Vaccination report Assam 1896-1927 - 1896-1927
Year: 1896
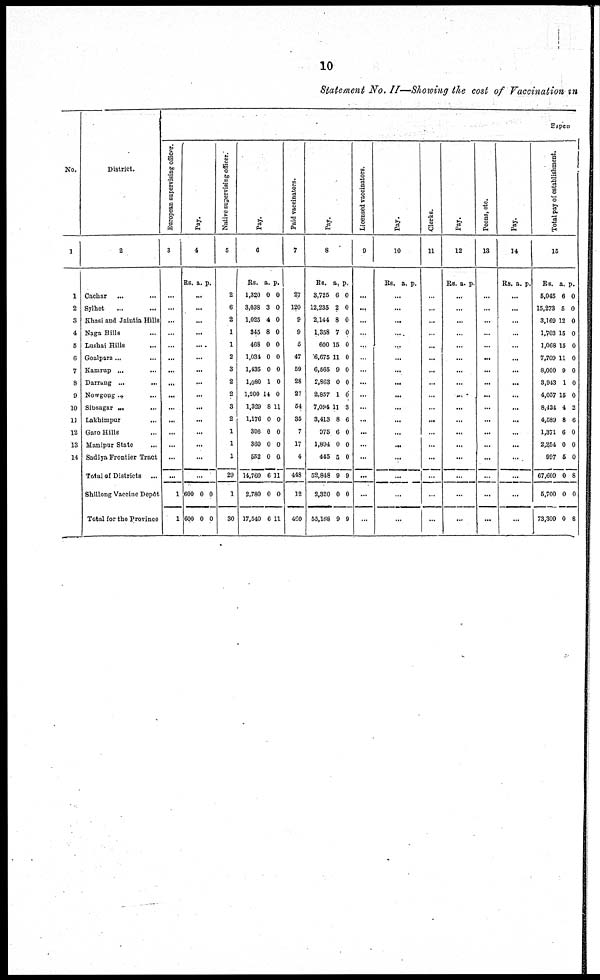
10
Statement No. II—Showing the cost of Vaccination in
No.
1
1
2
3
4
5
6
7
8
9
10
11
12
13
14
District.
2
Cachar
... ...
Sylhet ... ...
Khasi and Jaintia Hills
Naga Hills ...
Lushai Hills ...
Goalpara ...
...
Kamrup ... ...
Darrang ... ...
Nowgong ... ...
Sibsagar ... ...
Lakhimpur ...
Garo Hills ...
Manipur State ...
Sadiya Frontier Tract
Total of Districts ...
Shillong Vaccine Depôt
Total for the Province
Expen
European supervising officer.
3
...
...
...
...
...
...
...
...
...
...
...
...
...
...
...
1
1
Pay.
4
Rs. a. p.
...
...
...
...
...
...
...
...
...
...
...
...
...
...
...
600
600
0
0
0
0
Native supervising officer.
5
2
6
2
1
1
2
3
2
2
3
2
1
1
1
29
1
30
Pay.
6
Rs.
1,320
3,038
1,025
345
468
1,034
1,435
1,080
1,200
1,329
1,176
396
360
552
14,760
2,780
17,540
a.
0
3
4
8
0
0
0
1
14
8
0
0
0
0
6
0
6
p.
0
0
0
0
0
0
0
0
0
11
0
0
0
0
11
0
11
Paid vaccinators.
7
27
120
9
9
5
47
59
28
27
54
35
7
17
4
448
12
460
Pay.
8
Rs.
3,725
12,235
2,144
1,358
600
6,675
6,565
2,863
2,857
7,094
3,413
975
1,894
445
52,848
2,320
55,168
a.
6
2
8
7
15
11
9
0
1
11
8
6
0
5
9
0
9
p.
0
0
0
0
0
0
0
0
0
3
6
0
0
0
9
0
9
Licensed vaccinators.
9
...
...
...
...
...
...
...
...
...
...
...
...
...
...
...
...
...
Pay.
10
Rs. a. p.
...
...
...
...
...
...
...
...
...
...
...
...
...
...
...
...
...
Clerks.
11
...
...
...
...
...
...
...
...
...
...
...
...
...
...
...
...
...
Pay.
12
Rs. a. p.
...
...
...
...
...
...
...
...
...
...
...
...
...
...
...
...
...
Peons, etc.
13
...
...
...
...
...
...
...
...
...
...
...
...
...
...
...
...
...
Pay.
14
Rs. a. p.
...
...
...
...
...
...
...
...
...
...
...
...
...
...
...
...
...
Total pay of establishment.
15
Rs.
5,045
15,273
3,169
1,703
1,068
7,709
8,000
3,943
4,057
8,424
4,589
1,371
2,354
997
67,609
5,700
73,309
a.
6
5
12
15
15
11
9
1
15
4
8
6
0
5
0
0
0
p.
0
0
0
0
0
0
0
0
0
2
6
0
0
0
8
0
8